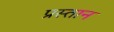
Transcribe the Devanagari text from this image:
प्रस्तान